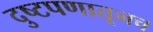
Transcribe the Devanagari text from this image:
दुष्टपणातूनच